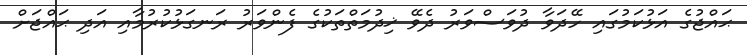
ޙައްޖުގެ އަޅުކަމުގައި ހޭދަވާ ދުވަސްވަރު ދެވޭ ޚިދުމަތްތަކުގެ ފެންވަރު ރަނގަޅުކުރުމާއި އަދި ޙައްޖަށް